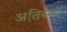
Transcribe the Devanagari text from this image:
अतिरम्य